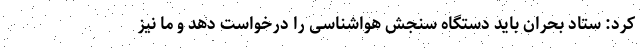
کرد: ستاد بحران باید دستگاه سنجش هواشناسی را درخواست دهد و ما نیز